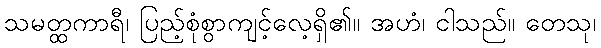
သမတ္ထကာရီ၊ ပြည့်စုံစွာကျင့်လေ့ရှိ၏။ အဟံ၊ ငါသည်။ တေသု၊